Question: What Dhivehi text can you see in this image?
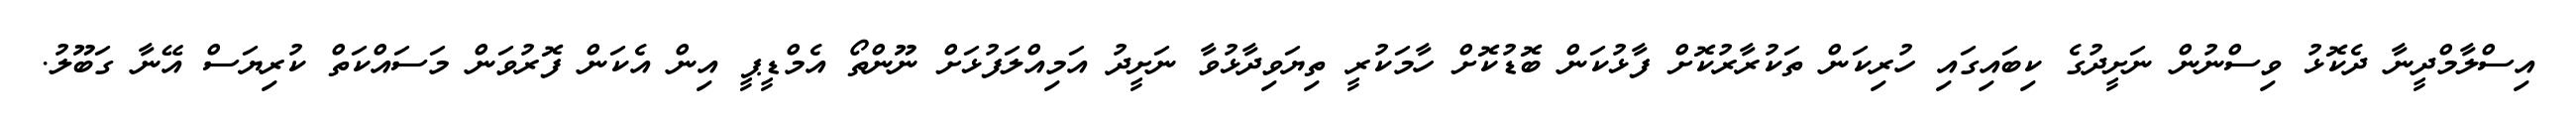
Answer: އިސްލާމްދީނާ ދެކޮޅު ވިސްނުން ނަށީދުގެ ކިބައިގައި ހުރިކަން ތަކުރާރުކޮށް ފާޅުކަން ބޮޑުކޮށް ހާމަކުރީ ތިޔަވިދާޅުވާ ނަށީދު އަމިއްލަފުޅަށް ނޫންތޯ އެމްޑީޕީ އިން އެކަން ފޮރުވަން މަސައްކަތް ކުރިޔަސް އޭނާ ގަބޫލު.